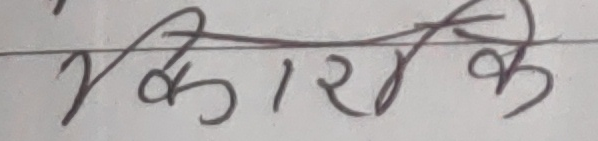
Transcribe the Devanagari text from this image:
कारक के